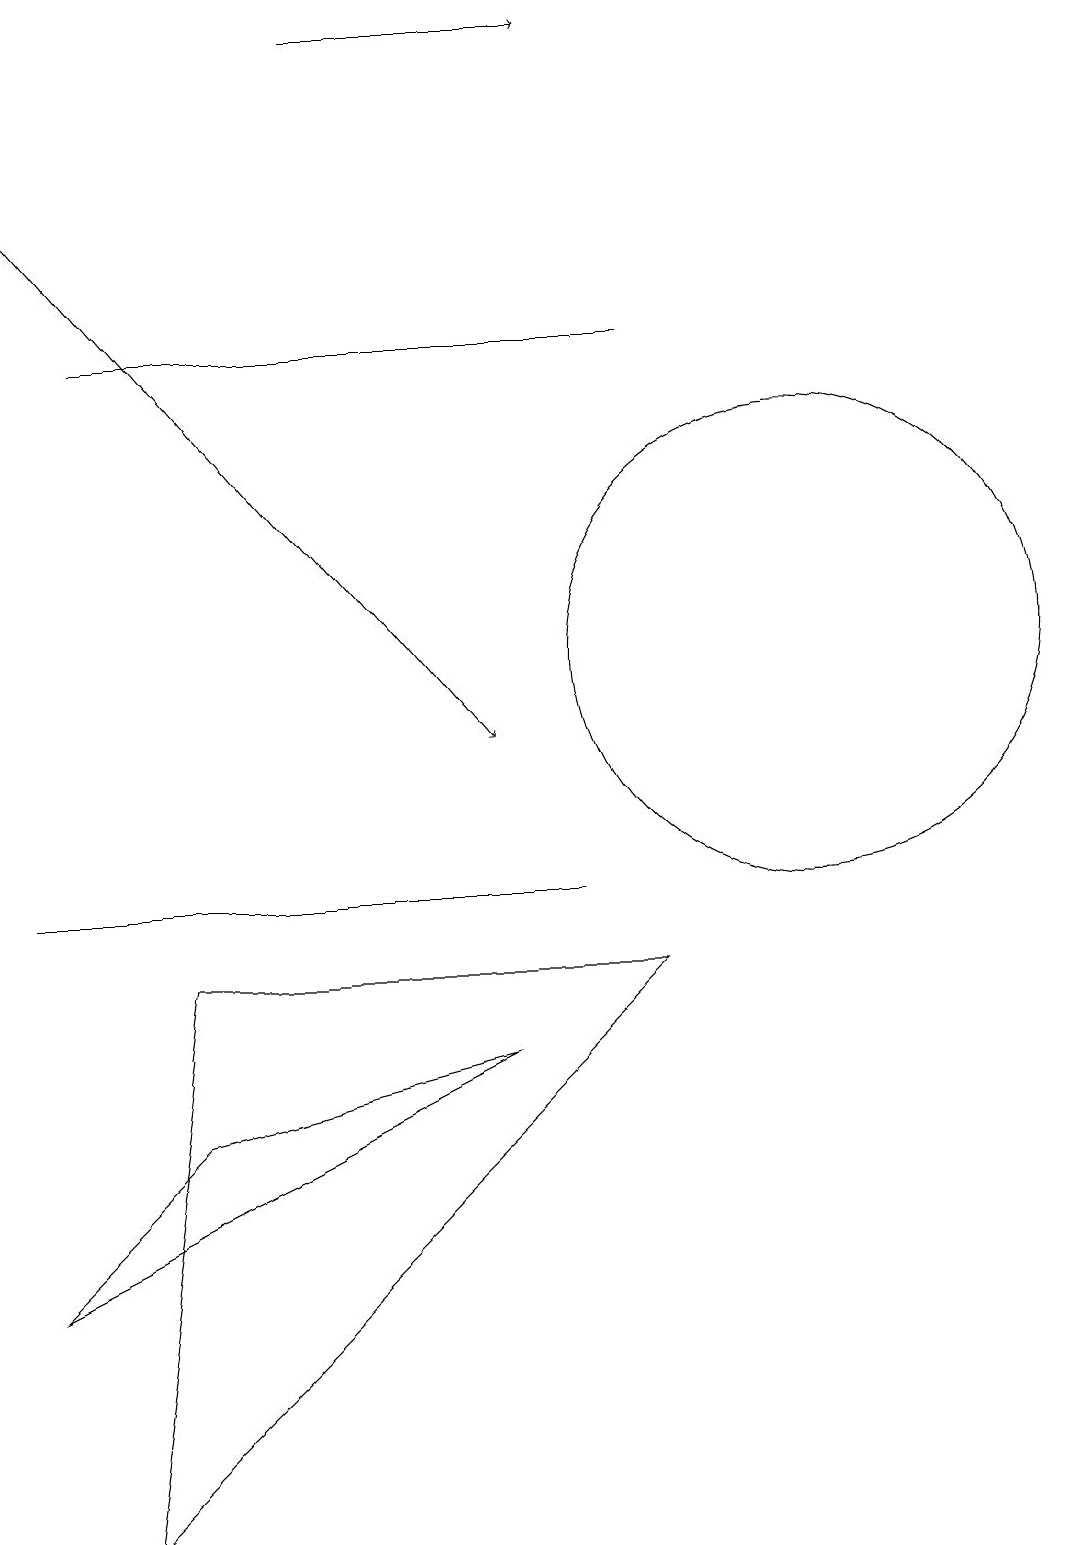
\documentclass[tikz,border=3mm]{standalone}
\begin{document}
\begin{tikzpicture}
\draw (10,11) circle (3);
\draw[->] (4,19) -- (7,19);
\draw (1,0) -- (8,7) -- (2,7) -- cycle;
\draw[->] (0,17) -- (6,10);
\draw (2,8) -- (7,8) -- (0,8) -- cycle;
\draw (8,15) rectangle (1,15);
\draw (2,5) -- (0,3) -- (6,6) -- cycle;
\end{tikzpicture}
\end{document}